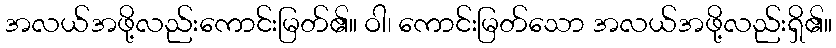
အလယ်အဖို့လည်းကောင်းမြတ်၏။ ဝါ၊ ကောင်းမြတ်သော အလယ်အဖို့လည်းရှိ၏။